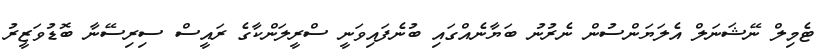
ޓެމިލް ނޭޝަނަލް އެލަޔަންސުން ނެރުނު ބަޔާނެއްގައި ބުނެފައިވަނީ ސްރީލަންކާގެ ރައީސް ސިރިސޭނާ ބޮޑުވަޒީރު